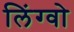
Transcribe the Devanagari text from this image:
लिंग्वो